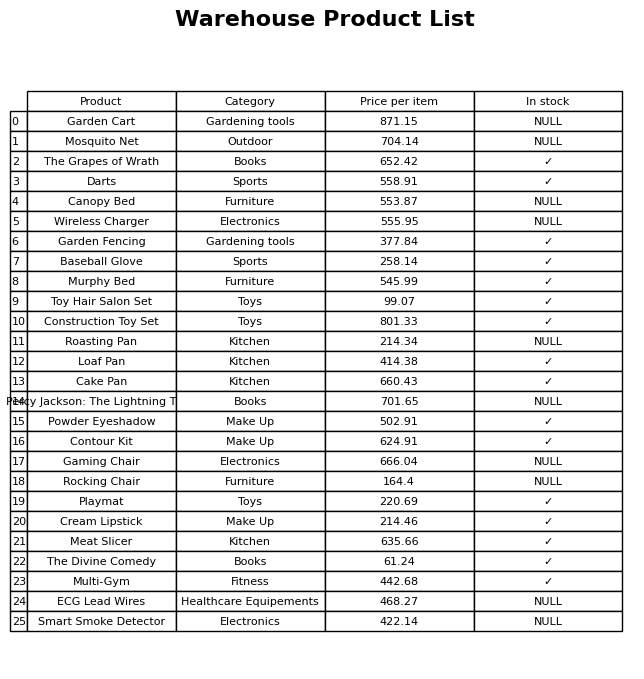
question: What is the price for Wireless Charger?
answer: The price of Wireless Charger is 555.95.